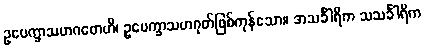
ဥပေက္ခာသဟဂတေဟိ၊ ဥပေက္ခာသဟဂုတ်ဖြစ်ကုန်သော။ အသင်္ခါရိက သသင်္ခါရိက